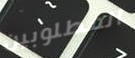
المطلوبين